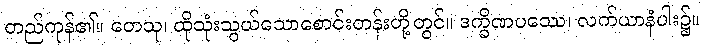
တည်ကုန်၏။ တေသု၊ ထိုသုံးသွယ်သောစောင်းတန်းတို့တွင်။ ဒက္ခိဏပဿေ၊ လက်ယာနံပါး၌။